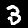
Label: 3